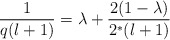
\begin{align*}\frac{1}{q(l+1)}=\lambda+\frac{2(1-\lambda)}{2^*(l+1)}\end{align*}